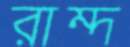
রাম্দ